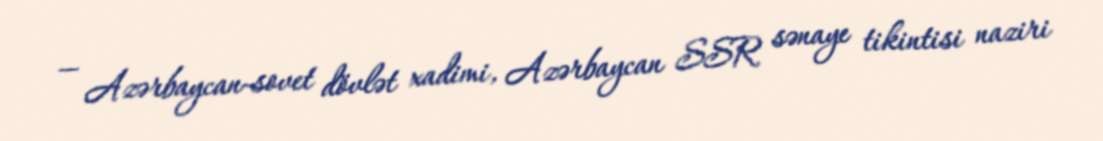
— Azərbaycan-sovet dövlət xadimi, Azərbaycan SSR sənaye tikintisi naziri